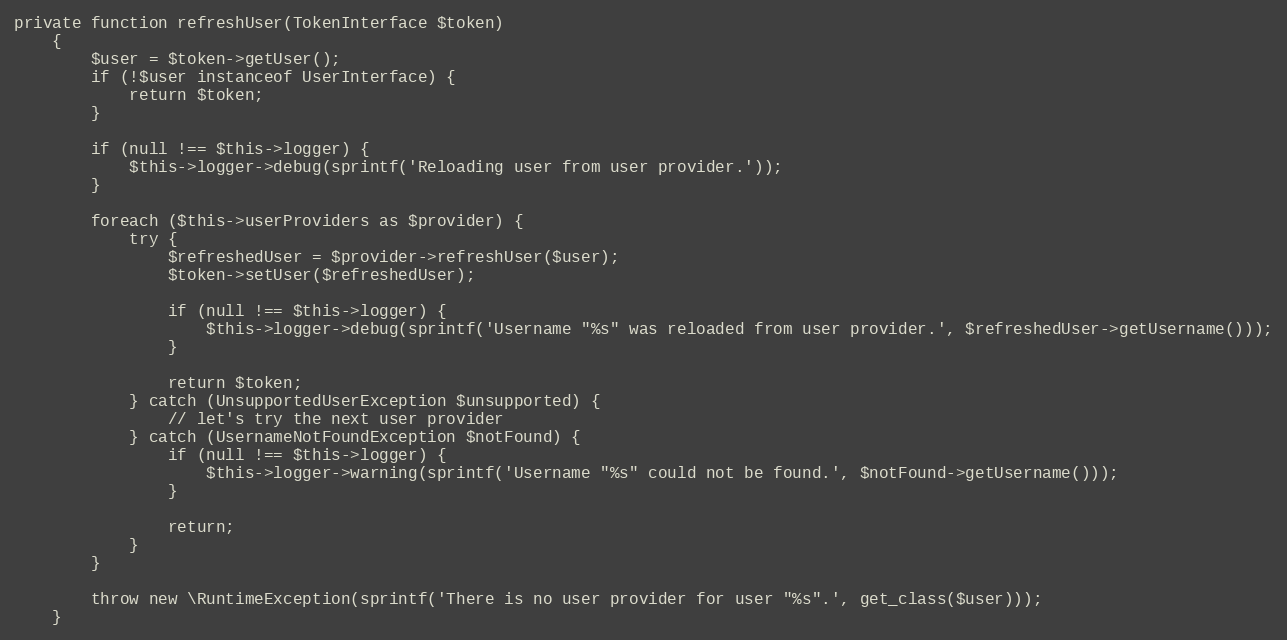
Language: PHP
private function refreshUser(TokenInterface $token)
    {
        $user = $token->getUser();
        if (!$user instanceof UserInterface) {
            return $token;
        }

        if (null !== $this->logger) {
            $this->logger->debug(sprintf('Reloading user from user provider.'));
        }

        foreach ($this->userProviders as $provider) {
            try {
                $refreshedUser = $provider->refreshUser($user);
                $token->setUser($refreshedUser);

                if (null !== $this->logger) {
                    $this->logger->debug(sprintf('Username "%s" was reloaded from user provider.', $refreshedUser->getUsername()));
                }

                return $token;
            } catch (UnsupportedUserException $unsupported) {
                // let's try the next user provider
            } catch (UsernameNotFoundException $notFound) {
                if (null !== $this->logger) {
                    $this->logger->warning(sprintf('Username "%s" could not be found.', $notFound->getUsername()));
                }

                return;
            }
        }

        throw new \RuntimeException(sprintf('There is no user provider for user "%s".', get_class($user)));
    }